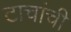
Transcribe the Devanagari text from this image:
टाचांची